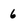
Character: 6